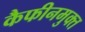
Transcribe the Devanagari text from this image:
कैफीनमुक्त